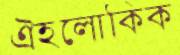
ঐহলোকিক